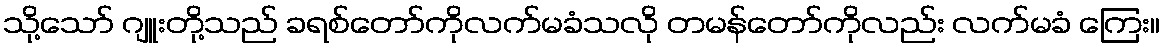
သို့သော် ဂျူးတို့သည် ခရစ်တော်ကိုလက်မခံသလို တမန်တော်ကိုလည်း လက်မခံ ကြေး။